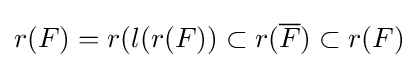
r(F)=r(l(r(F))\subset r({\overline {F}})\subset r(F)